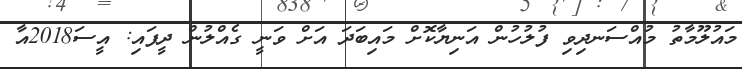
މައުލޫމާތު މުއްސަނދިވި ފުލުހުން އަނިޔާކޮށް މައިބަދަ އަށް ވަނީ ގެއްލުން ދީފައި: އީސަ2018އާ